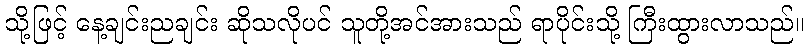
သို့ဖြင့် နေ့ချင်းညချင်း ဆိုသလိုပင် သူတို့အင်အားသည် ရာပိုင်းသို့ ကြီးထွားလာသည်။